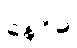
နေဝိဓ